画像に写った文字を読んでください
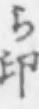
「ら印」と書いてあります